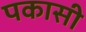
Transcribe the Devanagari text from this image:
पकासी